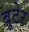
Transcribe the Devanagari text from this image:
बूटेर